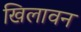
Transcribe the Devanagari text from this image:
खिलावन